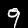
Label: 9